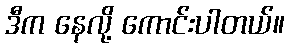
ဒီက နေလို့ ကောင်းပါတယ်။